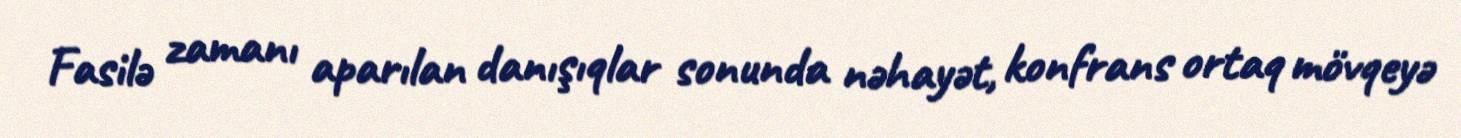
Fasilə zamanı aparılan danışıqlar sonunda nəhayət, konfrans ortaq mövqeyə